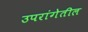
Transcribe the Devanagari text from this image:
उपरांगेतील